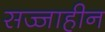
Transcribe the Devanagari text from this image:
सज्जाहीन